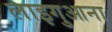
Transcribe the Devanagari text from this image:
लाइगुआना